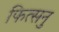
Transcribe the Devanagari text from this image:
फित्सनु